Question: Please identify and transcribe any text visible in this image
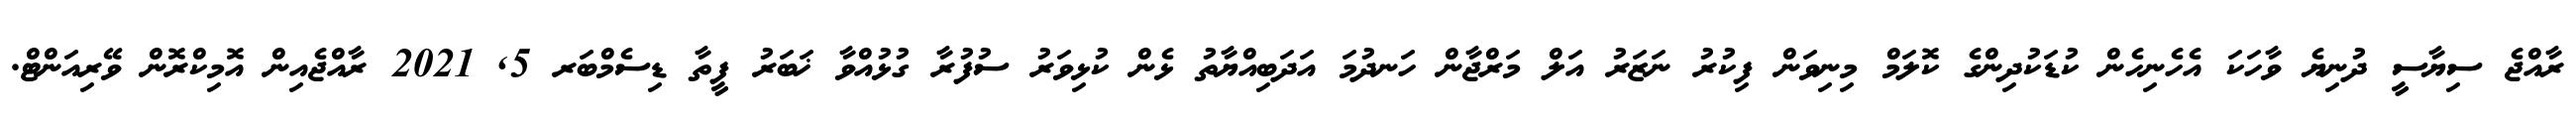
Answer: ރާއްޖެ ސިޔާސީ ދުނިޔެ ވާހަކަ އެހެނިހެން ކުޑަކުދިންގެ ކޮލަމް މިނިވަން ފިކުރު ނަޒަރު އަލް މަރްޖާން ހަނދުމަ އަދަބިއްޔާތު ޅެން ކުޅިވަރު ސުފުރާ ގުޅުއްވާ ޚަބަރު ފީތާ ޑިސެމްބަރ 5, 2021 ރާއްޖެއިން އޮމިކްރޮން ވޭރިއަންޓް.